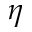
\eta